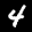
Label: 4